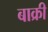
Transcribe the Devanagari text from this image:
बाक्री